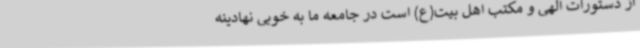
از دستورات الهی و مکتب اهل بیت(ع) است در جامعه ما به خوبی نهادینه